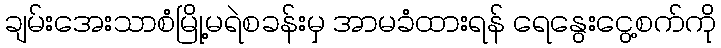
ချမ်းအေးသာစံမြို့မရဲစခန်းမှ အာမခံထားရန် ရေနွေးငွေ့စက်ကို